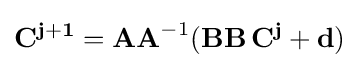
\mathbf {C^{j+1}} =\mathbf {AA} ^{-1}(\mathbf {BB} \,\mathbf {C^{j}} +\mathbf {d} )